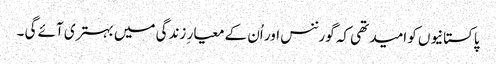
پاکستانیوں کو امید تھی کہ گورننس اور اُن کے معیار ِ زندگی میں بہتری آئے گی ۔